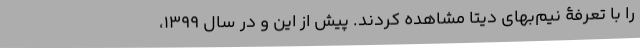
را با تعرفۀ نیم‌بهای دیتا مشاهده کردند. پیش از این و در سال ۱۳۹۹،